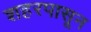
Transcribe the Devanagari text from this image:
शहरपासून